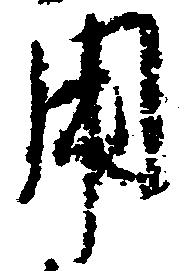
用